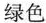
绿色